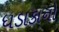
ધડાકાનો